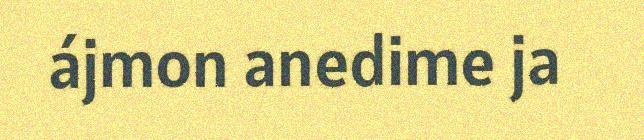
ájmon anedime ja